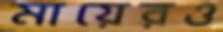
মায়েরও